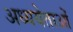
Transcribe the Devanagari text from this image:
अध्ययेताओं